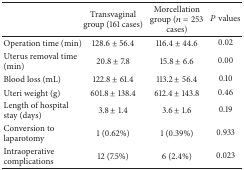
<table><thead><tr><td><b> </b></td><td><b>Transvaginal group (161 cases)</b></td><td><b>Morcellation group (<i>n</i> = 253 cases)</b></td><td><b><i>P</i> values</b></td></tr></thead><tbody><tr><td>Operation time (min)</td><td>128.6 ± 56.4</td><td>116.4 ± 44.6</td><td>0.02</td></tr><tr><td>Uterus removal time (min)</td><td>20.8 ± 7.8</td><td>15.8 ± 6.6</td><td>0.00</td></tr><tr><td>Blood loss (mL)</td><td>122.8 ± 61.4</td><td>113.2 ± 56.4</td><td>0.10</td></tr><tr><td>Uteri weight (g)</td><td>601.8 ± 138.4</td><td>612.4 ± 143.8</td><td>0.46</td></tr><tr><td>Length of hospital stay (days)</td><td>3.8 ± 1.4</td><td>3.6 ± 1.6</td><td>0.19</td></tr><tr><td>Conversion to laparotomy</td><td>1 (0.62%)</td><td>1 (0.39%)</td><td>0.933</td></tr><tr><td>Intraoperative complications</td><td>12 (7.5%)</td><td>6 (2.4%)</td><td>0.023</td></tr></tbody></table>